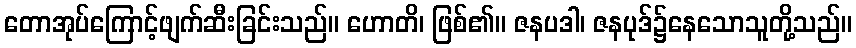
တောအုပ်ကြောင့်ဖျက်ဆီးခြင်းသည်။ ဟောတိ၊ ဖြစ်၏။ ဇနပဒါ၊ ဇနပုဒ်၌နေသောသူတို့သည်။